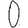
Digit: 0